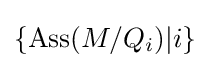
\{\operatorname {Ass} (M/Q_{i})|i\}